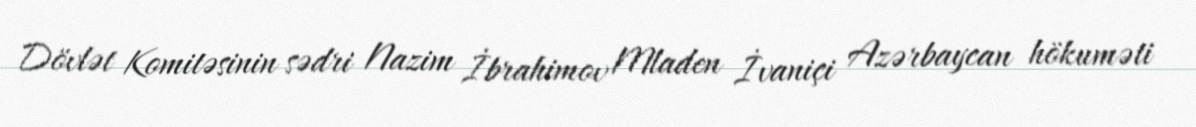
Dövlət Komitəsinin sədri Nazim İbrahimov Mladen İvaniçi Azərbaycan hökuməti